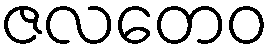
ဇလတေဝ